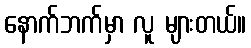
နောက်ဘက်မှာ လူ များတယ်။